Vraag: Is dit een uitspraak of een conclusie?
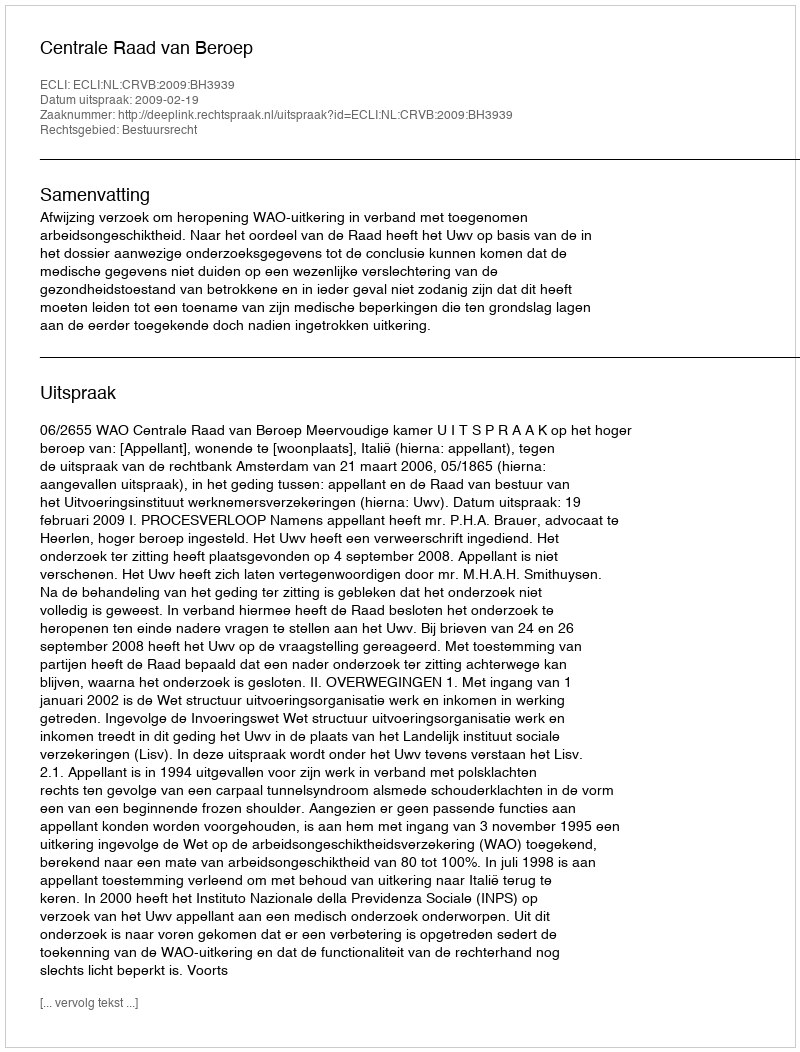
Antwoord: Uitspraak